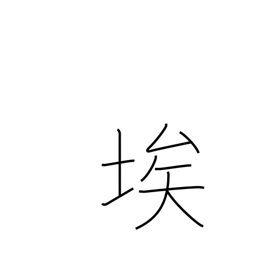
Meaning: dust